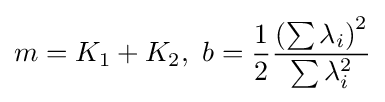
m=K_{1}+K_{2},\ b={\frac {1}{2}}{\frac {\left(\sum \lambda _{i}\right)^{2}}{\sum \lambda _{i}^{2}}}